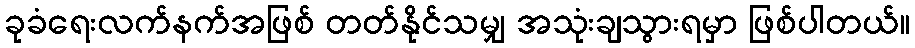
ခုခံရေးလက်နက်အဖြစ် တတ်နိုင်သမျှ အသုံးချသွားရမှာ ဖြစ်ပါတယ်။